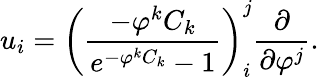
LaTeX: u_{i}=\left(\frac{-\varphi^{k}C_{k}}{e^{-\varphi^{k}C_{k}}-1}\right)_{i}^{j}\frac{\partial}{\partial\varphi^{j}}.